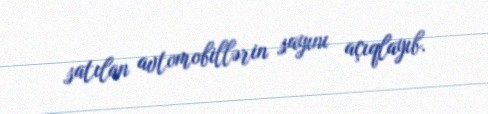
satılan avtomobillərin sayını açıqlayıb.